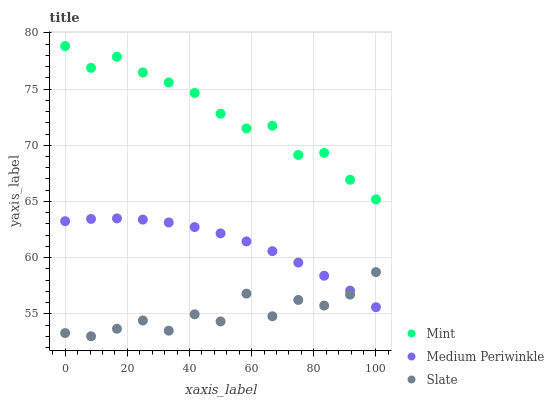
| xaxis_label | Mint | Medium Periwinkle | Slate |
 | --- | --- | --- | --- |
 | 0 | 78.8 | 63.2 | 53.3 |
 | 8.33 | 76.9 | 63.4 | 53 |
 | 16.7 | 77.9 | 63.5 | 53.7 |
 | 25 | 76.5 | 63.4 | 54.4 |
 | 33.3 | 75.6 | 63.1 | 53.5 |
 | 41.7 | 74.7 | 62.7 | 55 |
 | 50 | 72.8 | 62.2 | 54.3 |
 | 58.3 | 71.5 | 61.4 | 56.8 |
 | 66.7 | 71.7 | 60.6 | 54.8 |
 | 75 | 69.1 | 59.6 | 56.2 |
 | 83.3 | 69.3 | 58.4 | 55.7 |
 | 91.7 | 66.9 | 57.1 | 56.7 |
 | 100 | 65.2 | 55.6 | 58.7 |